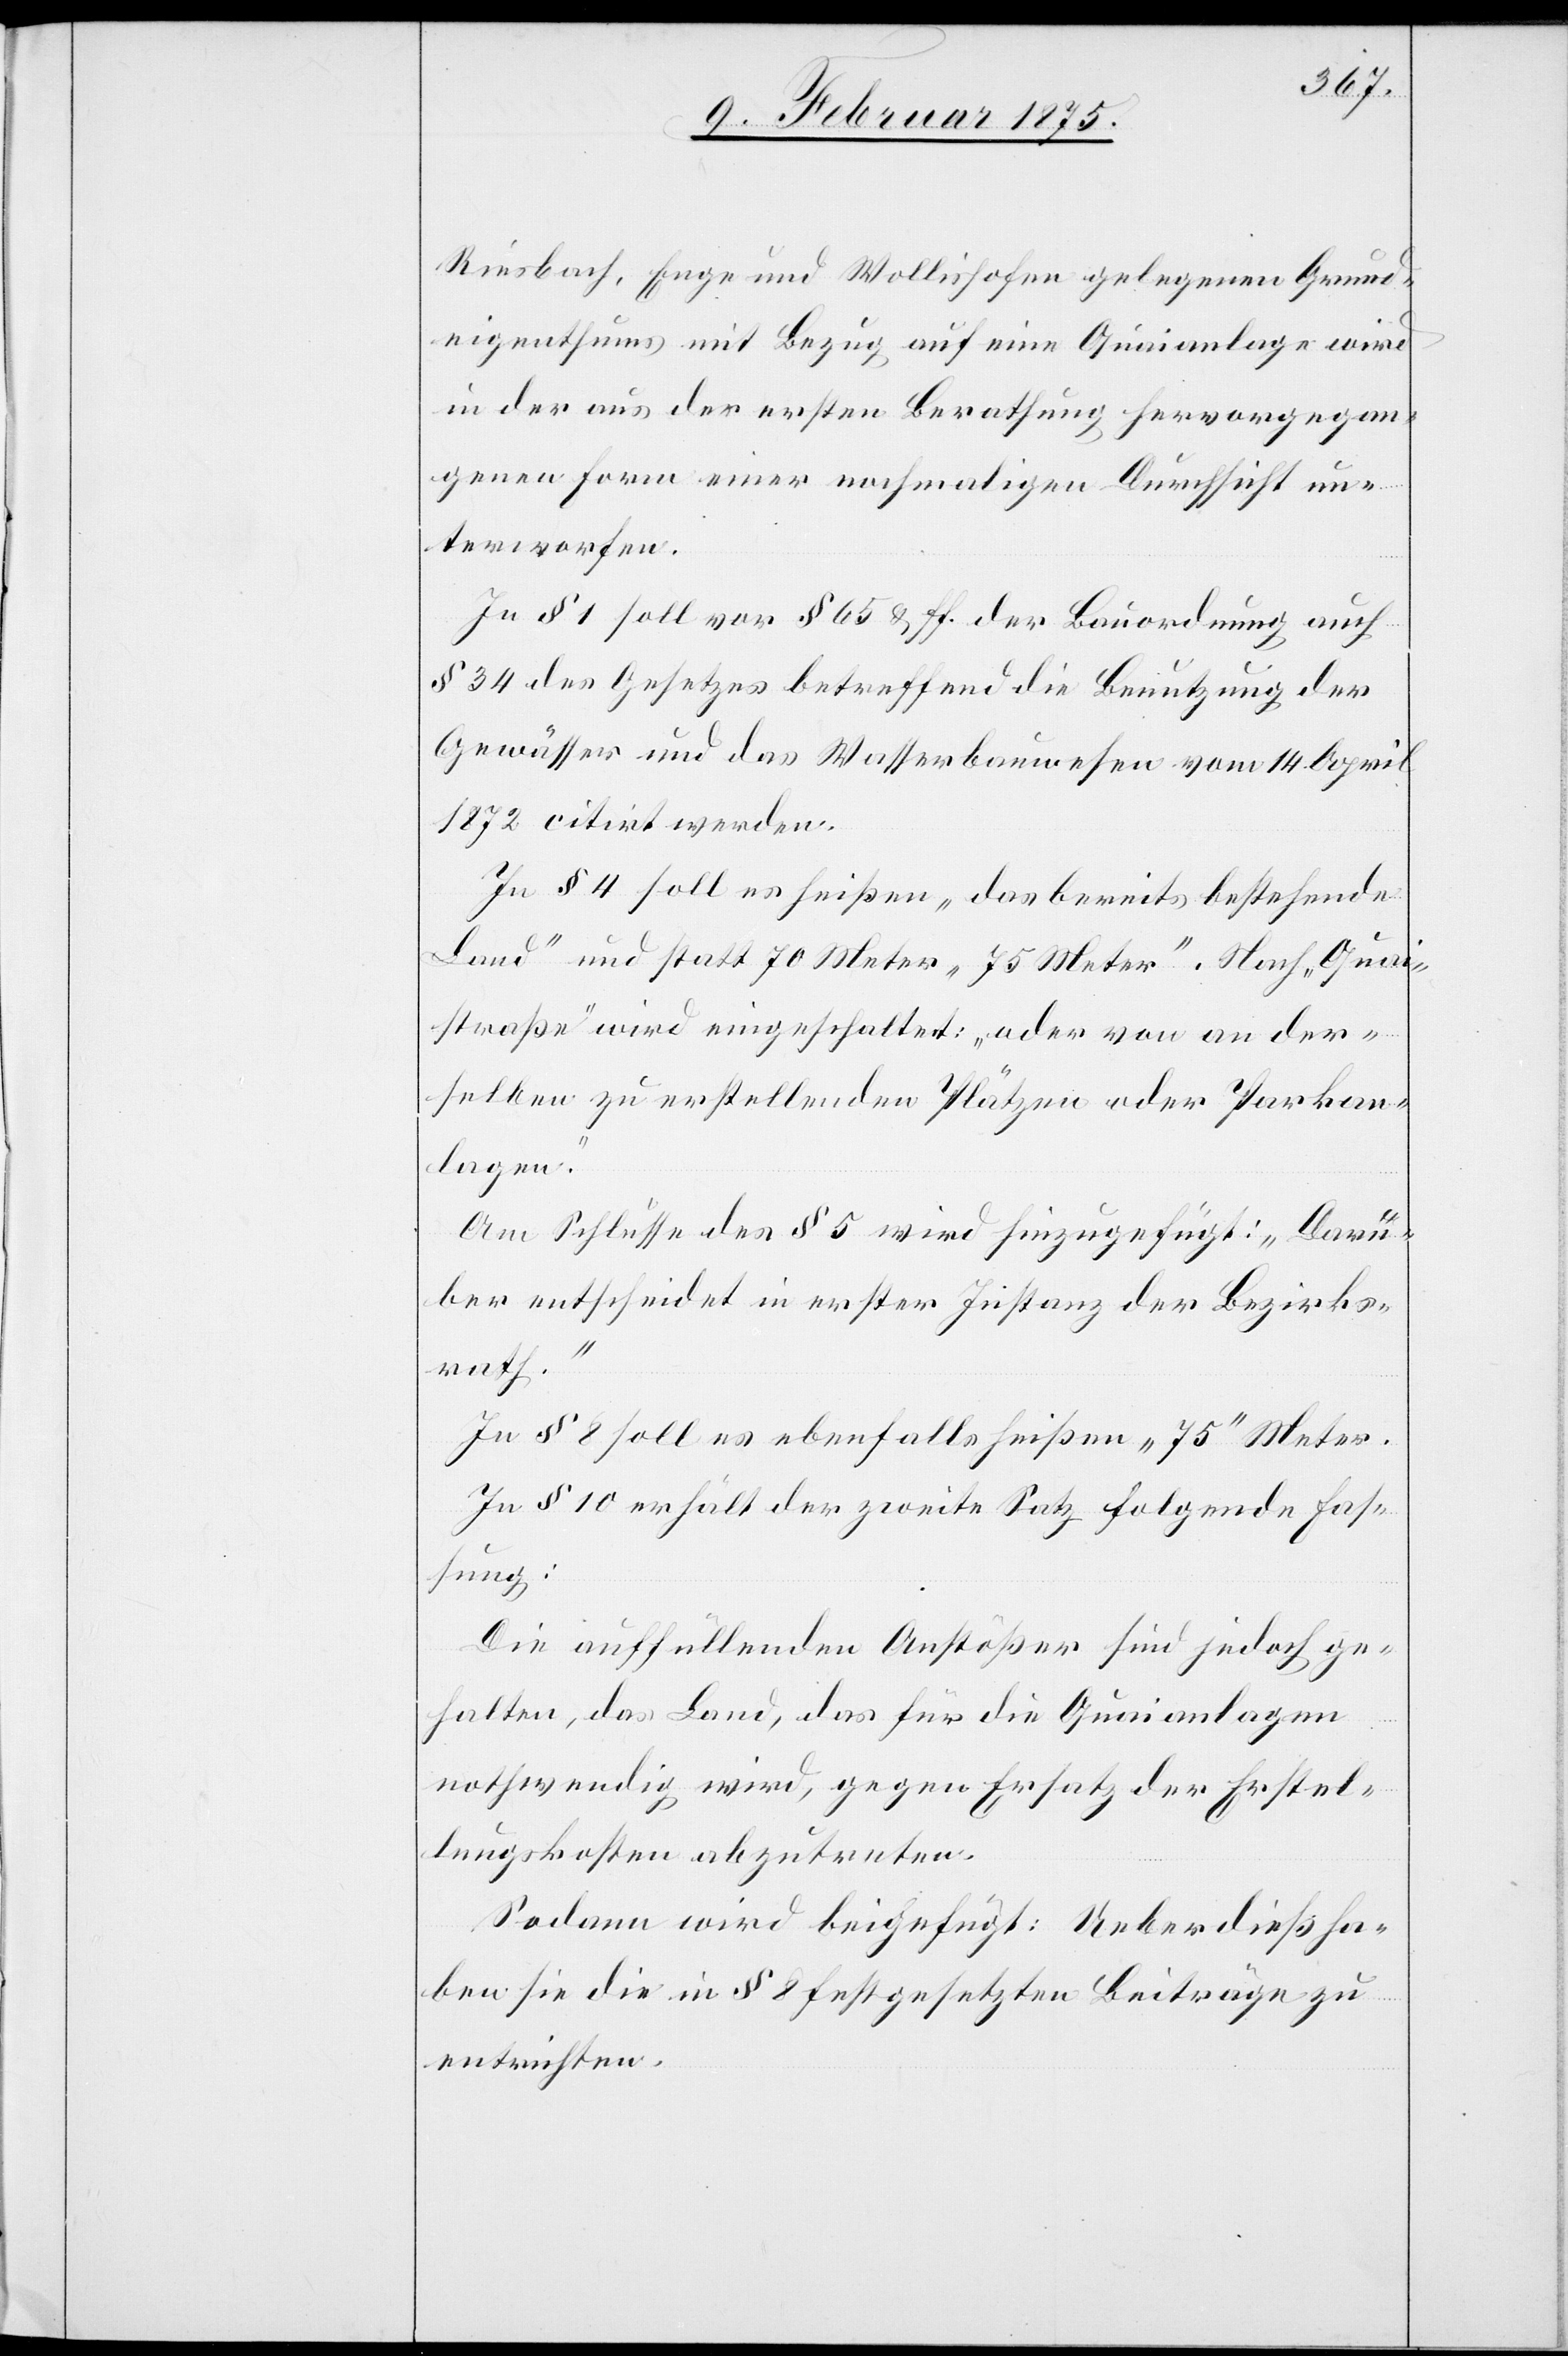
Riesbach, Enge und Wollishofen gelegenen Grund¬
eigenthums mit Bezug auf eine Quaianlage wird
in der aus der ersten Berathung hervorgegan¬
genen Form einer nochmaligen Durchsicht un¬
terworfen.
In § 1 soll vor § 65 u. ff. der Bauordnung auch
§ 34 des Gesetzes betreffend die Benutzung der
Gewässer und das Wasserbauwesen vom 14. April
1874 citirt werden.
In § 4 soll es heißen „ das bereits bestehende
Land“ und statt 70 Meter „75 Meter“. Nach „Quai¬
straße“ wird eingeschaltet: „oder von an der¬
selben zu erstellenden Plätzen oder Parkan¬
lagen.“
Am Schlusse des § 5 wird hinzugefügt: „Darü¬
ber entscheidet in erster Instanz der Bezirks¬
rath.“
In § 8 soll es ebenfalls heißen „75“ Meter.
In § 10 erhält der zweite Satz folgende Fas¬
sung:
Die auffüllenden Anstößer sind jedoch ge¬
halten, das Land, das für die Quaianlagen
nothwendig wird, gegen Ersatz der Erstel¬
lungskosten abzutreten.
Sodann wird beigefügt: Ueberdieß ha¬
ben sie die in § 8 festgesetzten Beiträge zu
entrichten.